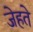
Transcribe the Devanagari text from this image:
जेहते